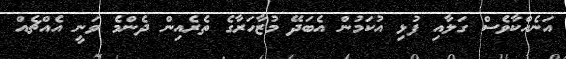
އަނެއްކާވެސް ގަލާއި ފުޅި އުކަމުން އެބަދޭ މުޒާހަރާގެ ތެރެއިން ދެންމެ ވަނީ އެއްޗެއް